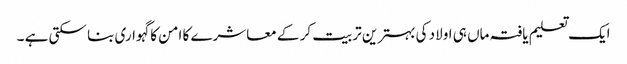
ایک تعلیم یافتہ ماں ہی اولاد کی بہترین تربیت کر کے معاشرے کا امن کا گہواری بنا سکتی ہے ۔